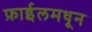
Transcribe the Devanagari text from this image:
फ़ाईलमधून